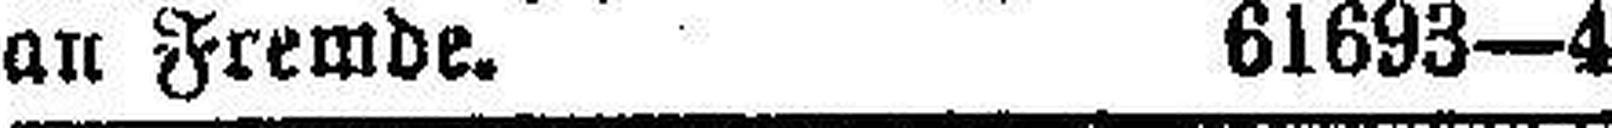
an Fremde. 61693—4